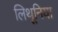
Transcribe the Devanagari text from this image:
लिथूनिया